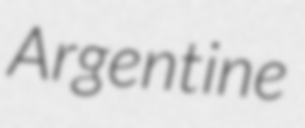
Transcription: Argentine